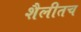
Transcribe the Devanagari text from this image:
शैलीतच